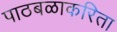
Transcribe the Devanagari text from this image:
पाठबळाकरिता